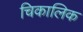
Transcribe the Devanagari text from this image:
चिकालिक